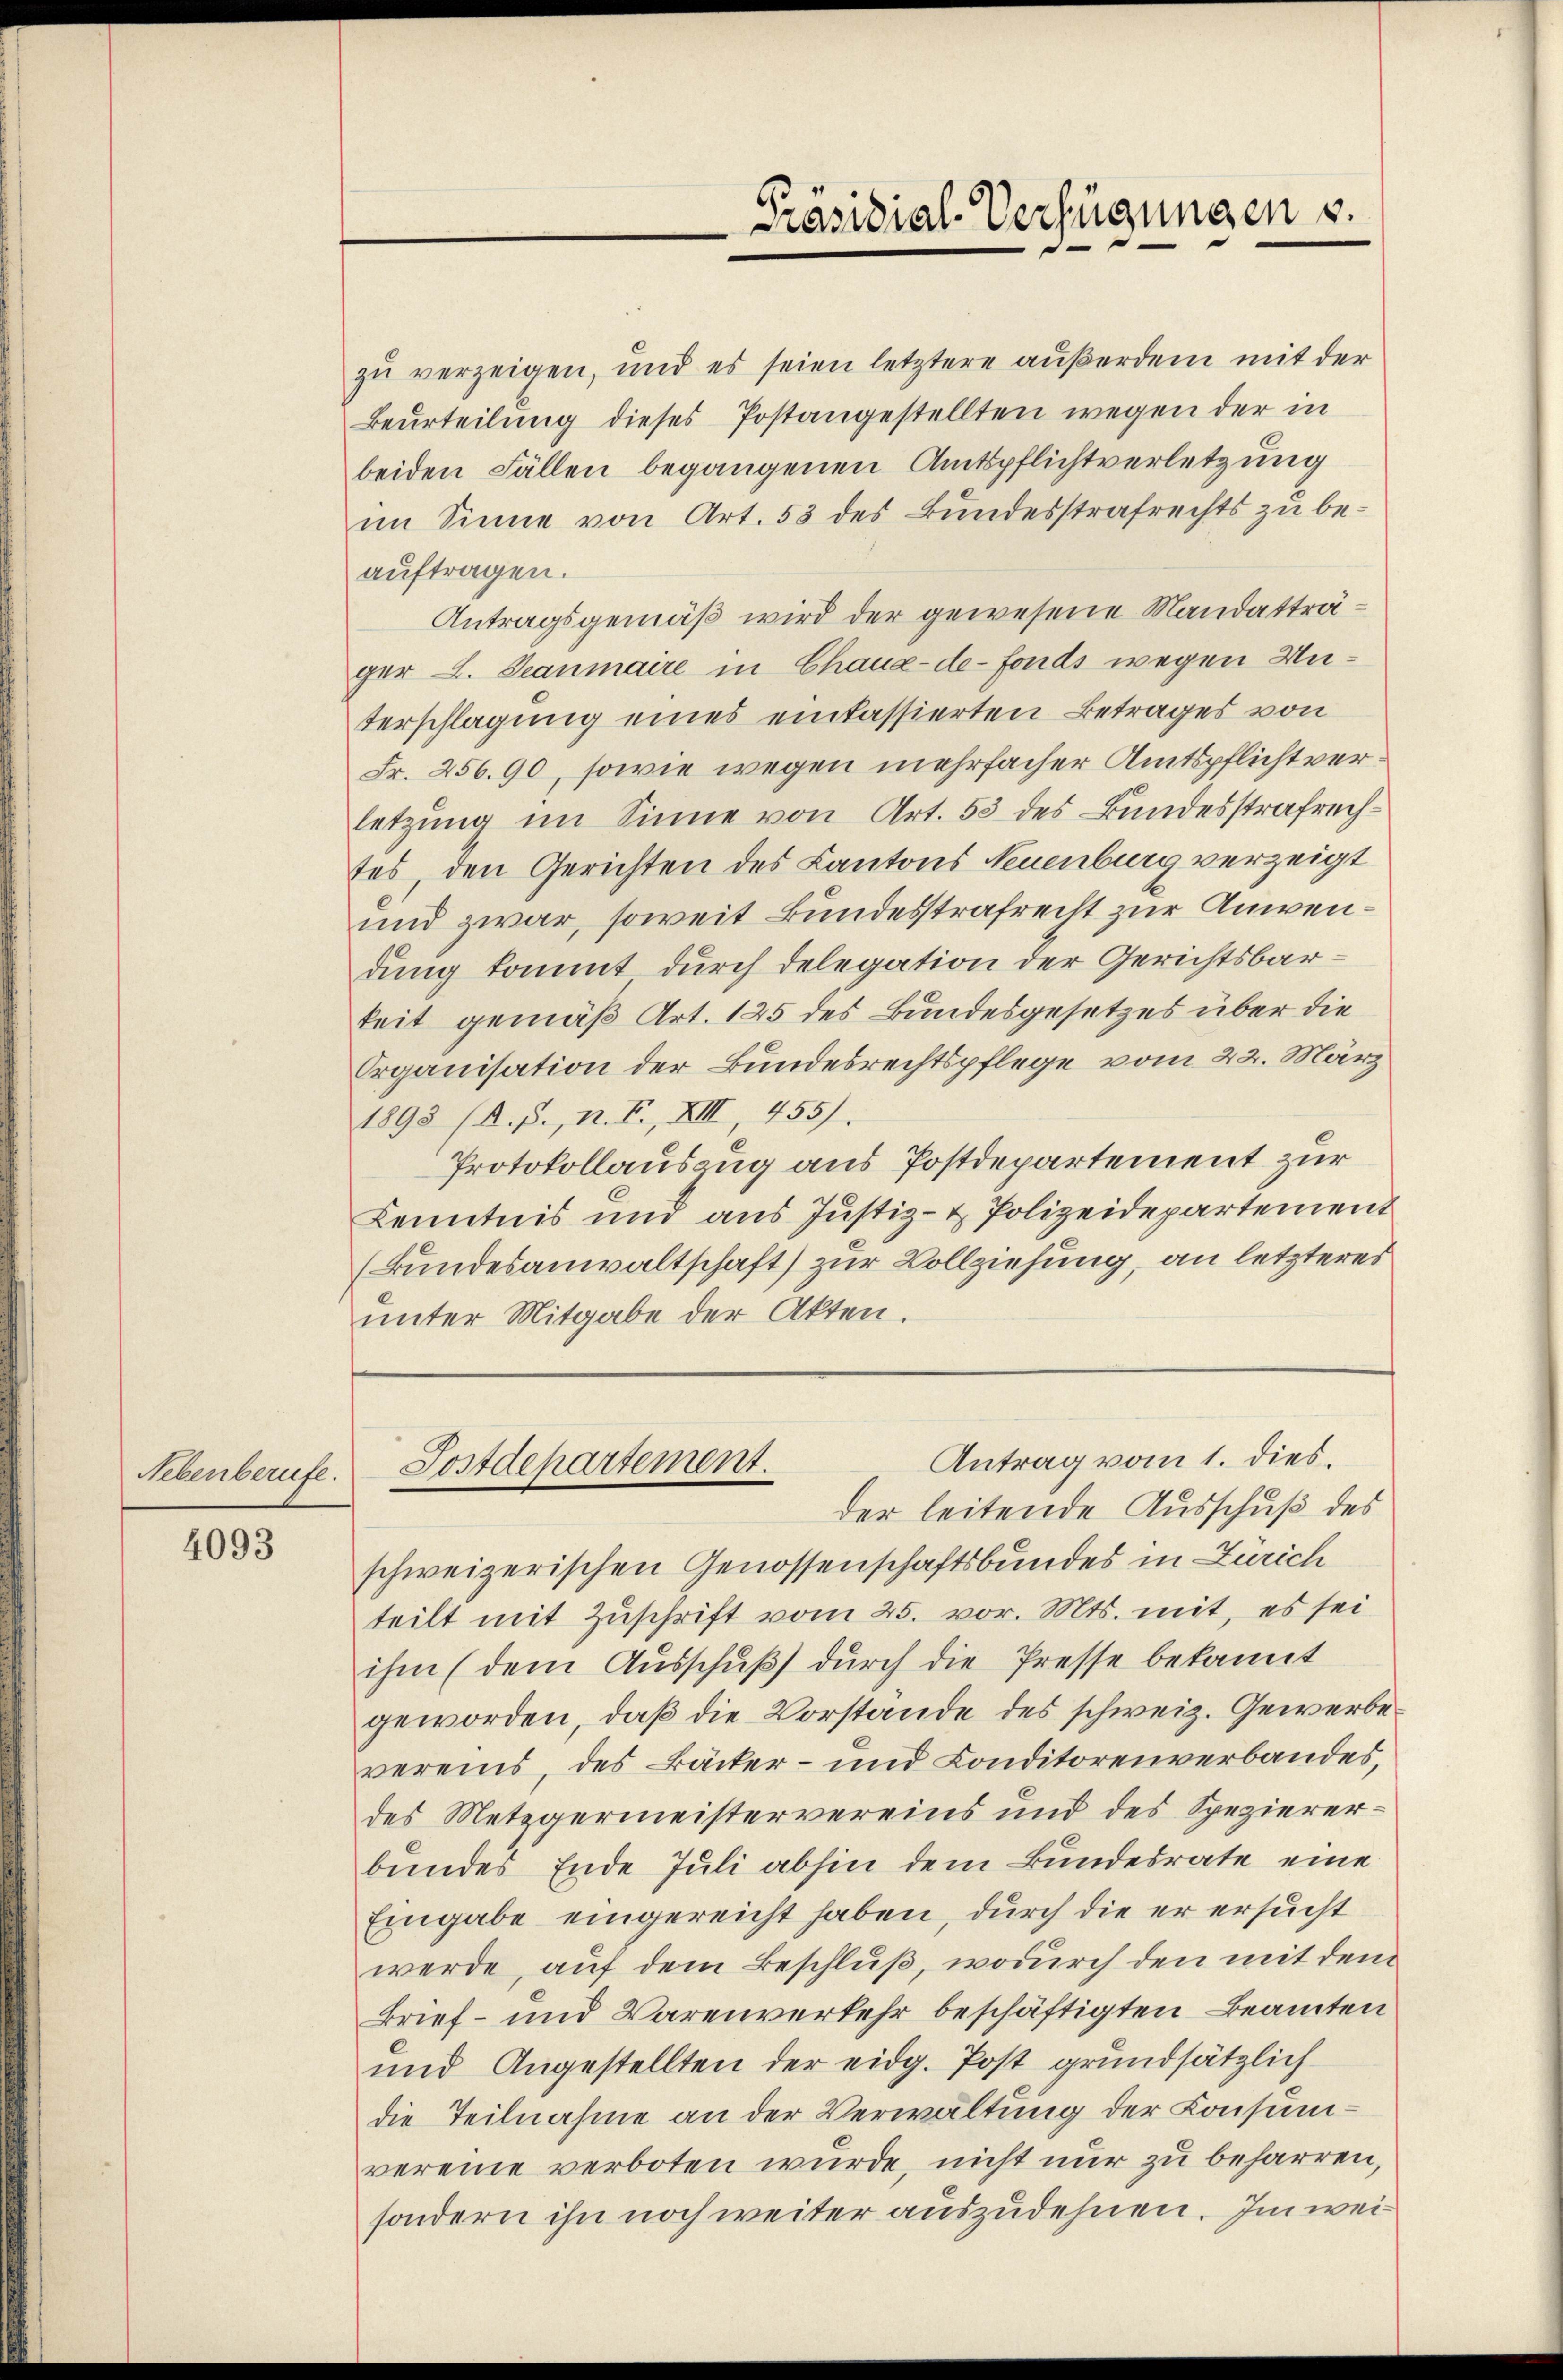
Nebenberufe.

4093

zŭ verzeigen, und es seien letztere außerdem mit der
Beurteilung dieses Postangestellten wegen der in
beiden Fällen begangenen Amtspflichtverletzung
im Sinne von Art. 53 des Bundesstrafrechts zu beauftragen.
Antragsgemäß wird der gewesene Mandatträger L. Jeanmaire in Chaux-de-Fonds wegen Unterschlagung eines einfassierten Betrages von
Fr. 256. 90, sowie wegen mehrfacher Amtspflicht verletzung im Sinne von Art. 53 des Bundesstrafrechtes, den Gerichten des Kantons Neuenburg verzeigt
und zwar, soweit Bundesstrafrecht zur Anwendung kommt durch Delegation der Gerichtsbar-
keit gemäß Art. 125 des Bundesgesetzes über die
Organisation der Bundesrechtspflege vom 22. März
1893 (A.B., n. F., XIII, 455).
Protokollauszug aus Postdepartement zur
Kenntnis und aus Justiz- & Polizeidepartement
(Bundesanwaltschaft) zur Vollziehung, an letzteres
unter Mitgabe der Akten.
Antrag vom 1. dies.
Sostdepartement.
der leitende Ausschuß des
schweizerischen Genossenschaftsbundes in Zürich
teilt mit Zuschrift vom 25. vor. Mts. mit, es sei
ihm (dem Ausschŭβ dŭrch die Presse bekannt
geworden, daß die Vorstände des schweiz. Gewerbevereins, des Bäcker- und Conditorenverbandes,
des Metzgermeistervereins und des Speziererbundes Ende Juli abhin dem Bundesrate eine
Eingabe eingereicht haben, durch die er ersucht
werde, auf dem Beschluß, wodurch den mit dem
Brief- und Warenverkehr beschäftigten Beamten
und Angestellten der eidg. Post grundsätzlich
die Teilnahme an der Verwaltung der Consumvereine verboten wurde, nicht nur zu beharren,
sondern ihn noch weiter auszudehnen. Im wei¬

Präsidial-Verfügungen u.